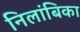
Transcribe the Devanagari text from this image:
निलांबिका